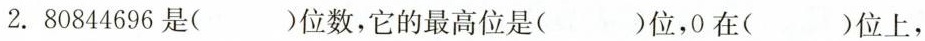
2.80844696是( )位数，它的最高位是( )位，0在( )位上，